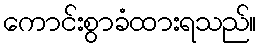
ကောင်းစွာခံထားရသည်။